Vaccination in Bombay 1889-1901 - 1889-1901
Year: 1889
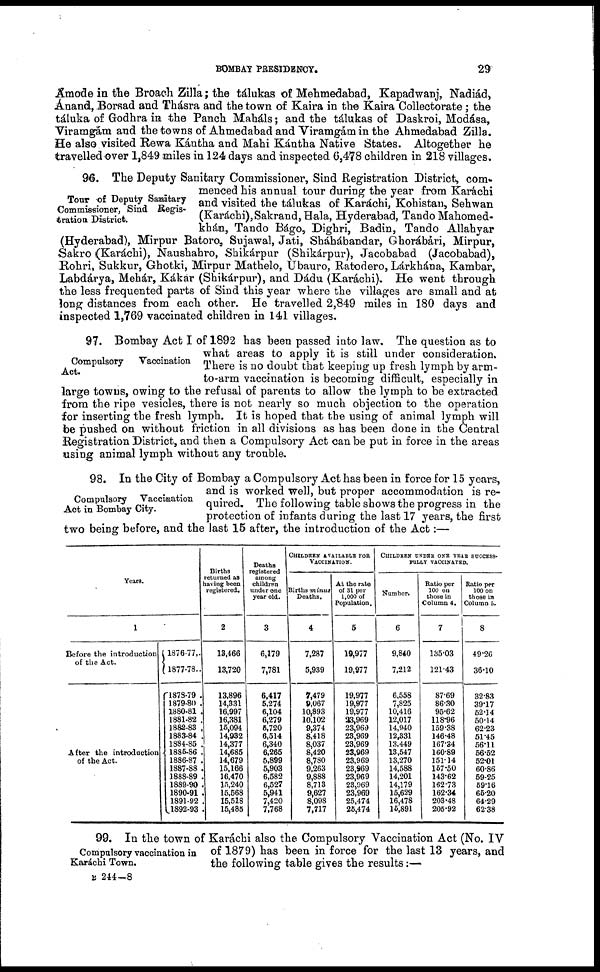
BOMBAY PRESIDENCY.
29
Amode in the Broach Zilla; the tálukas of Mehmedabad, Kapadwanj, Nadiád,
Anand, Borsad and Thásra and the town of Kaira in the Kaira Collectorate; the
táluka of Godhra in the Panch Maháls; and the tálukas of Daskroi, Modása,
Viramgám and the towns of Ahmedabad and Viramgám in the Ahmedabad Zilla.
He also visited Rewa Kántha and Mahi Kántha Native States. Altogether he
travelled over 1,849 miles in 124 days and inspected 6,478 children in 218 villages.
Tour of Deputy Sanitary
Commissioner, Sind Regis-
tration District.
96. The Deputy Sanitary Commissioner, Sind Registration District, com-
menced his annual tour during the year from Karáchi
and visited the tálukas of Karáchi, Kohistan, Sehwan
(Karáchi), Sakrand, Hala, Hyderabad, Tando Mahomed¬
khán, Tando Bágo, Dighri, Badin, Tando Allahyar
(Hyderabad), Mirpur Batoro, Sujawal, Jati, Sháhábandar, Ghorábári, Mirpur,
Sakro (Karáchi), Naushahro, Shikárpur (Shikárpur), Jacobabad (Jacobabad),
Rohri, Sukkur, Ghotki, Mirpur Mathelo, Ubauro, Ratodero, Lárkhána, Kambar,
Labdárya, Mehár, Kákar (Shikárpur), and Dádu (Karáchi). He went through
the less frequented parts of Sind this year where the villages are small and at
long distances from each other. He travelled 2,849 miles in 180 days and
inspected 1,769 vaccinated children in 141 villages.
Compulsory
Vaccination
Act.
97. Bombay Act I of 1892 has been passed into law. The question as to
what areas to apply it is still under consideration.
There is no doubt that keeping up fresh lymph by arm¬
to-arm vaccination is becoming difficult, especially in
large towns, owing to the refusal of parents to allow the lymph to be extracted
from the ripe vesicles, there is not nearly so much objection to the operation
for inserting the fresh lymph. It is hoped that the using of animal lymph will
be pushed on without friction in all divisions as has been done in the Central
Registration District, and then a Compulsory Act can be put in force in the areas
using animal lymph without any trouble.
Compulsory Vaccination
Act in Bombay City.
98. In the City of Bombay a Compulsory Act has been in force for 15 years,
and is worked well, but proper accommodation is re-
quired. The following table shows the progress in the
protection of infants during the last 17 years, the first
two being before, and the last 15 after, the introduction of the Act:—
Years.
1
Before the introduction
of the Act.
After the introduction
of the Act.
1876-77,.
1877-78..
1873-79 .
1879-80 .
1880-81 .
1881-82 .
1882-83 .
1883-84 .
1884-85 .
1885-86 .
1886-87 .
1887-88 .
1888-89 .
1889-90 .
1890-91 .
1891-92.
1892-93.
Births
returned as
having been
registered.
2
13,466
13,720
13,896
14,331
16,997
16,381
15,094
14,932
14,377
14,685
14,679
15,166
16,470
15,240
15,568
15,518
15,485
Deaths
registered
among
children
under one
year old.
3
6,179
7,781
6,417
5,274
6,104
6,279
5,720
6,514
6,340
6,265
5,899
5,903
6,582
6,527
5,941
7,420
7,768
CHILDERN AVAILABLE FOR
VACCINATION.
Births minus
Deaths.
4
7,287
5,939
7,479
9,067
10,893
10,102
9,374
8,418
8,037
8,420
8,780
9,263
9,888
8,713
9,627
8,098
7,717
At the rate
of 31 per
1,000 of
Population.
5
19,977
19,977
19,977
19,977
19,977
23,969
23,969
23,969
23,969
23,969
23,969
23,969
23,969
23,969
23,969
25,474
26,474
CHILDREN UNDER ONE YEAR SUCCESS-
FULLY VACCINATED.
Number.
6
9,840
7,212
6,558
7,825
10,416
12,017
14,940
12,331
13,449
13,547
13,270
14,588
14,201
14,179
15,629
16,478
15,891
Ratio per
100 on
those in
Column 4.
7
135.03
121.43
87.69
86.30
95.62
118.96
159.38
146.48
167.34
160.89
151.14
157.50
143.62
162.73
162.34
203.48
205.92
Ratio per
100 on
those in
Column 5.
8
49.26
36.10
32.83
39.17
52.14
50.14
62.23
51.45
56.11
56.52
52.01
60.86
59.25
59.16
65.20
64.29
62.38
Compulsory vaccination in
Karáchi Town.
99. In the town of Karáchi also the Compulsory Vaccination Act (No. IV
of 1879) has been in force for the last 13 years, and
the following table gives the results:—
B 244—8